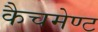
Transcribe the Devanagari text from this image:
कैचमेण्ट